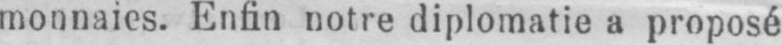
monnaies. Enfin notre diplomatie a proposé